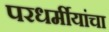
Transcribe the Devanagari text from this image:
परधर्मीयांचा